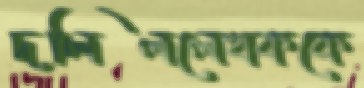
দলিললেখককে